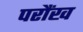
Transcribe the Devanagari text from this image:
परौंख